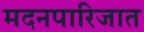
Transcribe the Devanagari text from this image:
मदनपारिजात